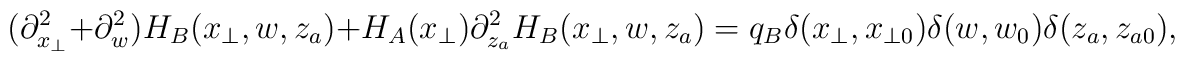
(\partial_{x_\perp}^2 + \partial_w^2) H_B(x_\perp,w,z_{a})+  H_A (x_\perp)  \partial_{z_{a}}^2  H_B(x_\perp,w,z_{a})  =  q_B\delta (x_\perp, x_{\perp 0}) \delta(w,w_0)\delta (z_{a}, z_{a 0}),